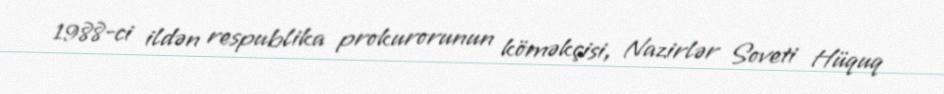
1988-ci ildən respublika prokurorunun köməkçisi, Nazirlər Soveti Hüquq